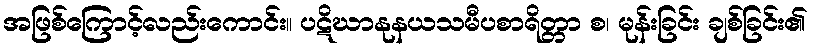
အဖြစ်ကြောင့်လည်းကောင်း။ ပဋိဃာနုနယသမီပစာရိတ္တာ စ၊ မုန်းခြင်း ချစ်ခြင်း၏